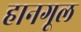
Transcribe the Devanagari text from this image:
हानगूल